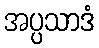
အပ္ပသာဒံ